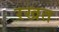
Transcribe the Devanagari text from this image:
रखत